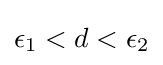
\epsilon _{1}<d<\epsilon _{2}